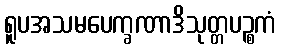
ရူပအသမပေက္ခဏာဒိသုတ္တပဉ္စကံ